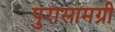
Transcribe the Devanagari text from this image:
पुरासामग्री